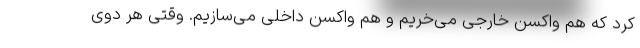
کرد که هم واکسن خارجی می‌خریم و هم واکسن داخلی می‌سازیم. وقتی هر دوی